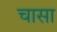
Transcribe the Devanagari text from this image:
चासा